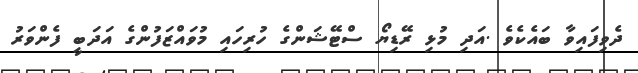
ދެވިފައިވާ ބައެކެވެ .އަދި މުޅި ރޭޑިޔޯ ސްޓޭޝަންގެ ހުރިހައި މުވައްޒަފުންގެ އަދަބީ ފެންވަރު